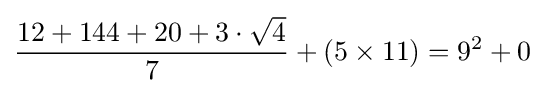
{\frac {12+144+20+3\cdot {\sqrt {4}}}{7}}+(5\times 11)=9^{2}+0